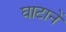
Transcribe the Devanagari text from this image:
घाटानें